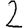
Digit: 2